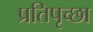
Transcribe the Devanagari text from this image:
प्रतिपृच्छा